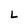
Character: L